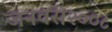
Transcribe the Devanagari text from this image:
जनवरी२००८